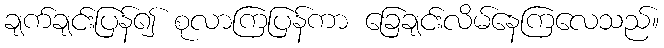
ချက်ချင်းပြန်၍ စုလာကြပြန်ကာ ခြေချင်းလိမ်နေကြလေသည်။